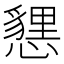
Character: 㦟